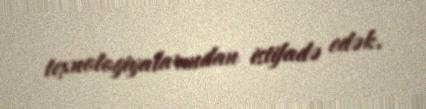
texnologiyalarından istifadə edək.